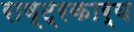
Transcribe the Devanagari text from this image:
राष्ट्रकार्य